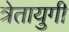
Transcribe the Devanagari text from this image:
त्रेतायुगी